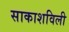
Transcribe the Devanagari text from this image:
साकाशविली